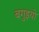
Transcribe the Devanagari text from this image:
बगुइयो